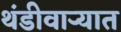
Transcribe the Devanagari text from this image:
थंडीवाऱ्यात